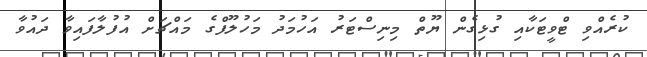
ކުރެއްވި ޓްވީޓަކާއި ގުޅިގެން ޔޫތް މިނިސްޓަރު އަހުމަދު މަހުލޫފްގެ މައްޗަށް އުފުލާފައިވާ ދައުވާ